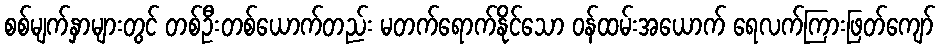
စစ်မျက်နှာများတွင် တစ်ဦးတစ်ယောက်တည်း မတက်ရောက်နိုင်သော ဝန်ထမ်းအယောက် ရေလက်ကြားဖြတ်ကျော်